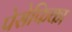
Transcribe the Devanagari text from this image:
पेसेफिका